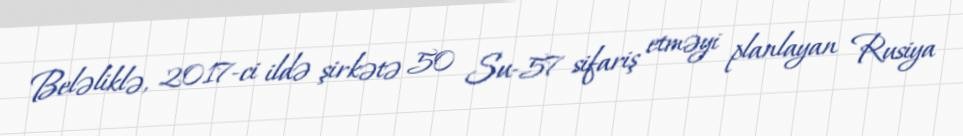
Beləliklə, 2017-ci ildə şirkətə 50 Su-57 sifariş etməyi planlayan Rusiya